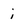
Character: i